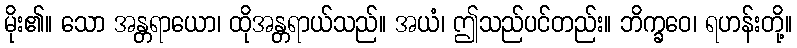
မိုး၏။ သော အန္တရာယော၊ ထိုအန္တရာယ်သည်။ အယံ၊ ဤသည်ပင်တည်း။ ဘိက္ခဝေ၊ ရဟန်းတို့။